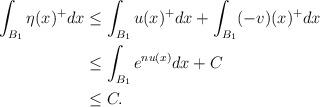
LaTeX: \begin{align*}\int_{B_1}\eta(x)^+dx &\leq \int_{B_1}u(x)^+dx + \int_{B_1}(-v)(x)^+dx\\&\leq \int_{B_1} e^{nu(x)}dx+C\\&\leq C.\end{align*}